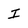
Character: I